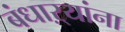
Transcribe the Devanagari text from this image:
बंधाऱ्यांना